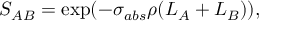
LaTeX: S _ { A B } = \exp ( - \sigma _ { a b s } \rho ( L _ { A } + L _ { B } ) ) ,